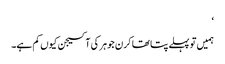
‘
ہمیں تو پہلے پتا تھا کرن جوہر کی آکسیجن کیوں کم ہے۔